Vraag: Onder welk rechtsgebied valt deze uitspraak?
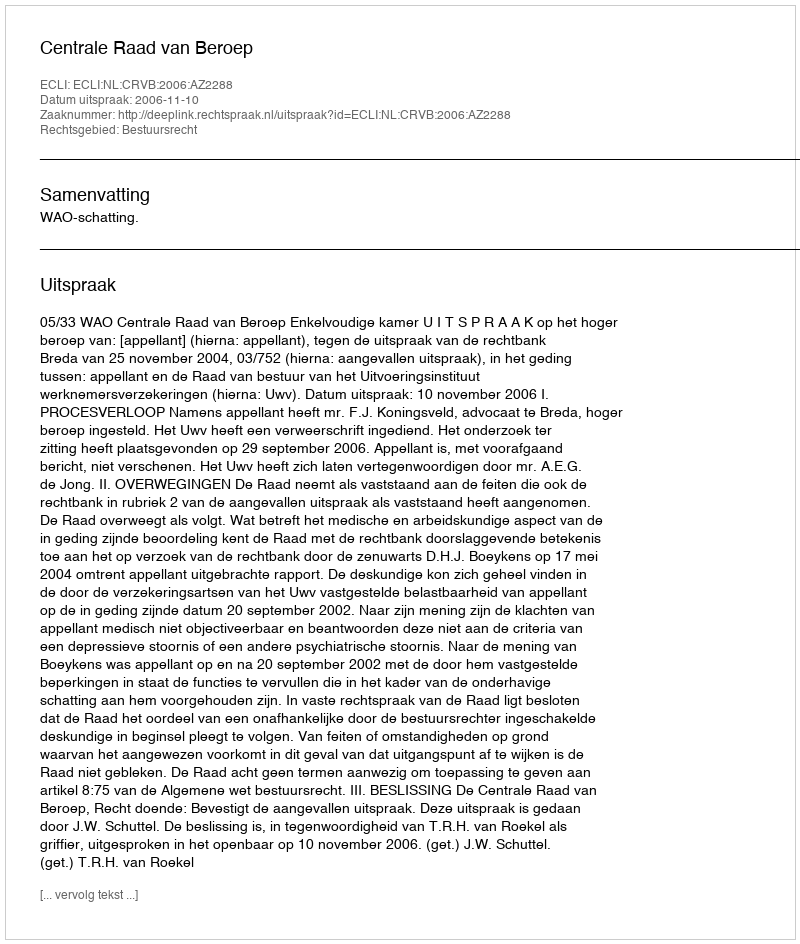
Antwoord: Bestuursrecht